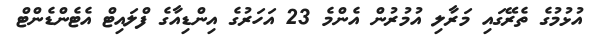
އުޅުމުގެ ތެރޭގައި މަރާލި އުމުރުން އެންމެ 23 އަހަރުގެ އިންޑިއާގެ ފްލައިޓް އެޓެންޑެންޓް